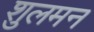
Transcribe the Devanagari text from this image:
शुलमन